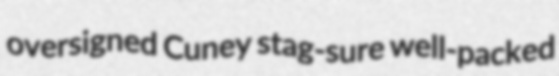
oversigned Cuney stag-sure well-packed